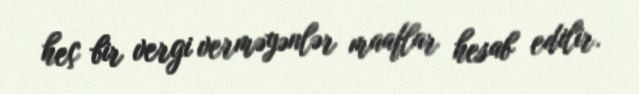
heç bir vergi verməyənlər maaflar hesab edilir.